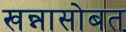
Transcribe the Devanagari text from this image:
खन्नासोबत